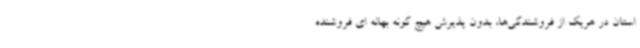
استان در هریک از فروشندگی‌ها، بدون پذیرش هیچ گونه بهانه ای فروشنده